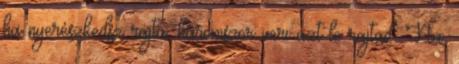
ha nyerészkedsz rajta, háromszor veri azt le rajtad. Na,